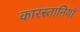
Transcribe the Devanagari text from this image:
कारस्तानियाॅ